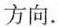
方向.